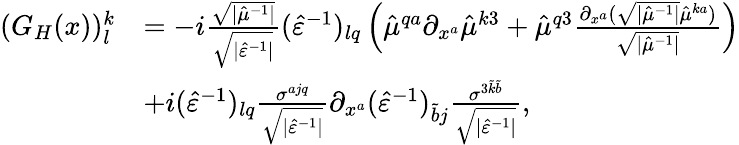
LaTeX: \begin{array}{rl}{(G_{H}(x))_{l}^{k}}&{=-i\frac{\sqrt{\lvert\hat{\mu}^{-1}\rvert}}{\sqrt{\lvert\hat{\varepsilon}^{-1}\rvert}}(\hat{\varepsilon}^{-1})_{lq}\left(\hat{\mu}^{qa}\partial_{x^{a}}\hat{\mu}^{k3}+\hat{\mu}^{q3}\frac{\partial_{x^{a}}(\sqrt{\lvert\hat{\mu}^{-1}\rvert}\hat{\mu}^{ka})}{\sqrt{\lvert\hat{\mu}^{-1}\rvert}}\right)}\\ &{+i(\hat{\varepsilon}^{-1})_{lq}\frac{\sigma^{ajq}}{\sqrt{\lvert\hat{\varepsilon}^{-1}\rvert}}\partial_{x^{a}}(\hat{\varepsilon}^{-1})_{\tilde{b}j}\frac{\sigma^{3\tilde{k}\tilde{b}}}{\sqrt{\lvert\hat{\varepsilon}^{-1}\rvert}},}\end{array}